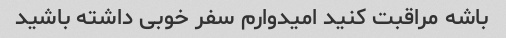
باشه مراقبت کنید امیدوارم سفر خوبی داشته باشید